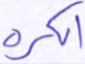
الكرة